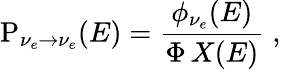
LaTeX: \mathrm{P}_{\nu_{e}\to\nu_{e}}(E)={\frac{\displaystyle\phi_{\nu_{e}}(E)}{\displaystyle\Phi\, X(E)}}\; ,